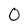
Character: 0